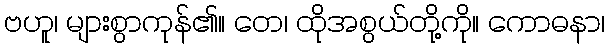
ဗဟူ၊ များစွာကုန်၏။ တေ၊ ထိုအစွယ်တို့ကို။ ကောဓနာ၊